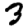
Digit: 3